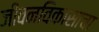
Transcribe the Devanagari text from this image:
जीवनविकासाचा